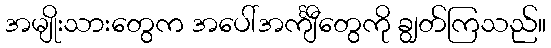
အမျိုးသားတွေက အပေါ်အင်္ကျီတွေကို ချွတ်ကြသည်။